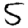
Digit: 5